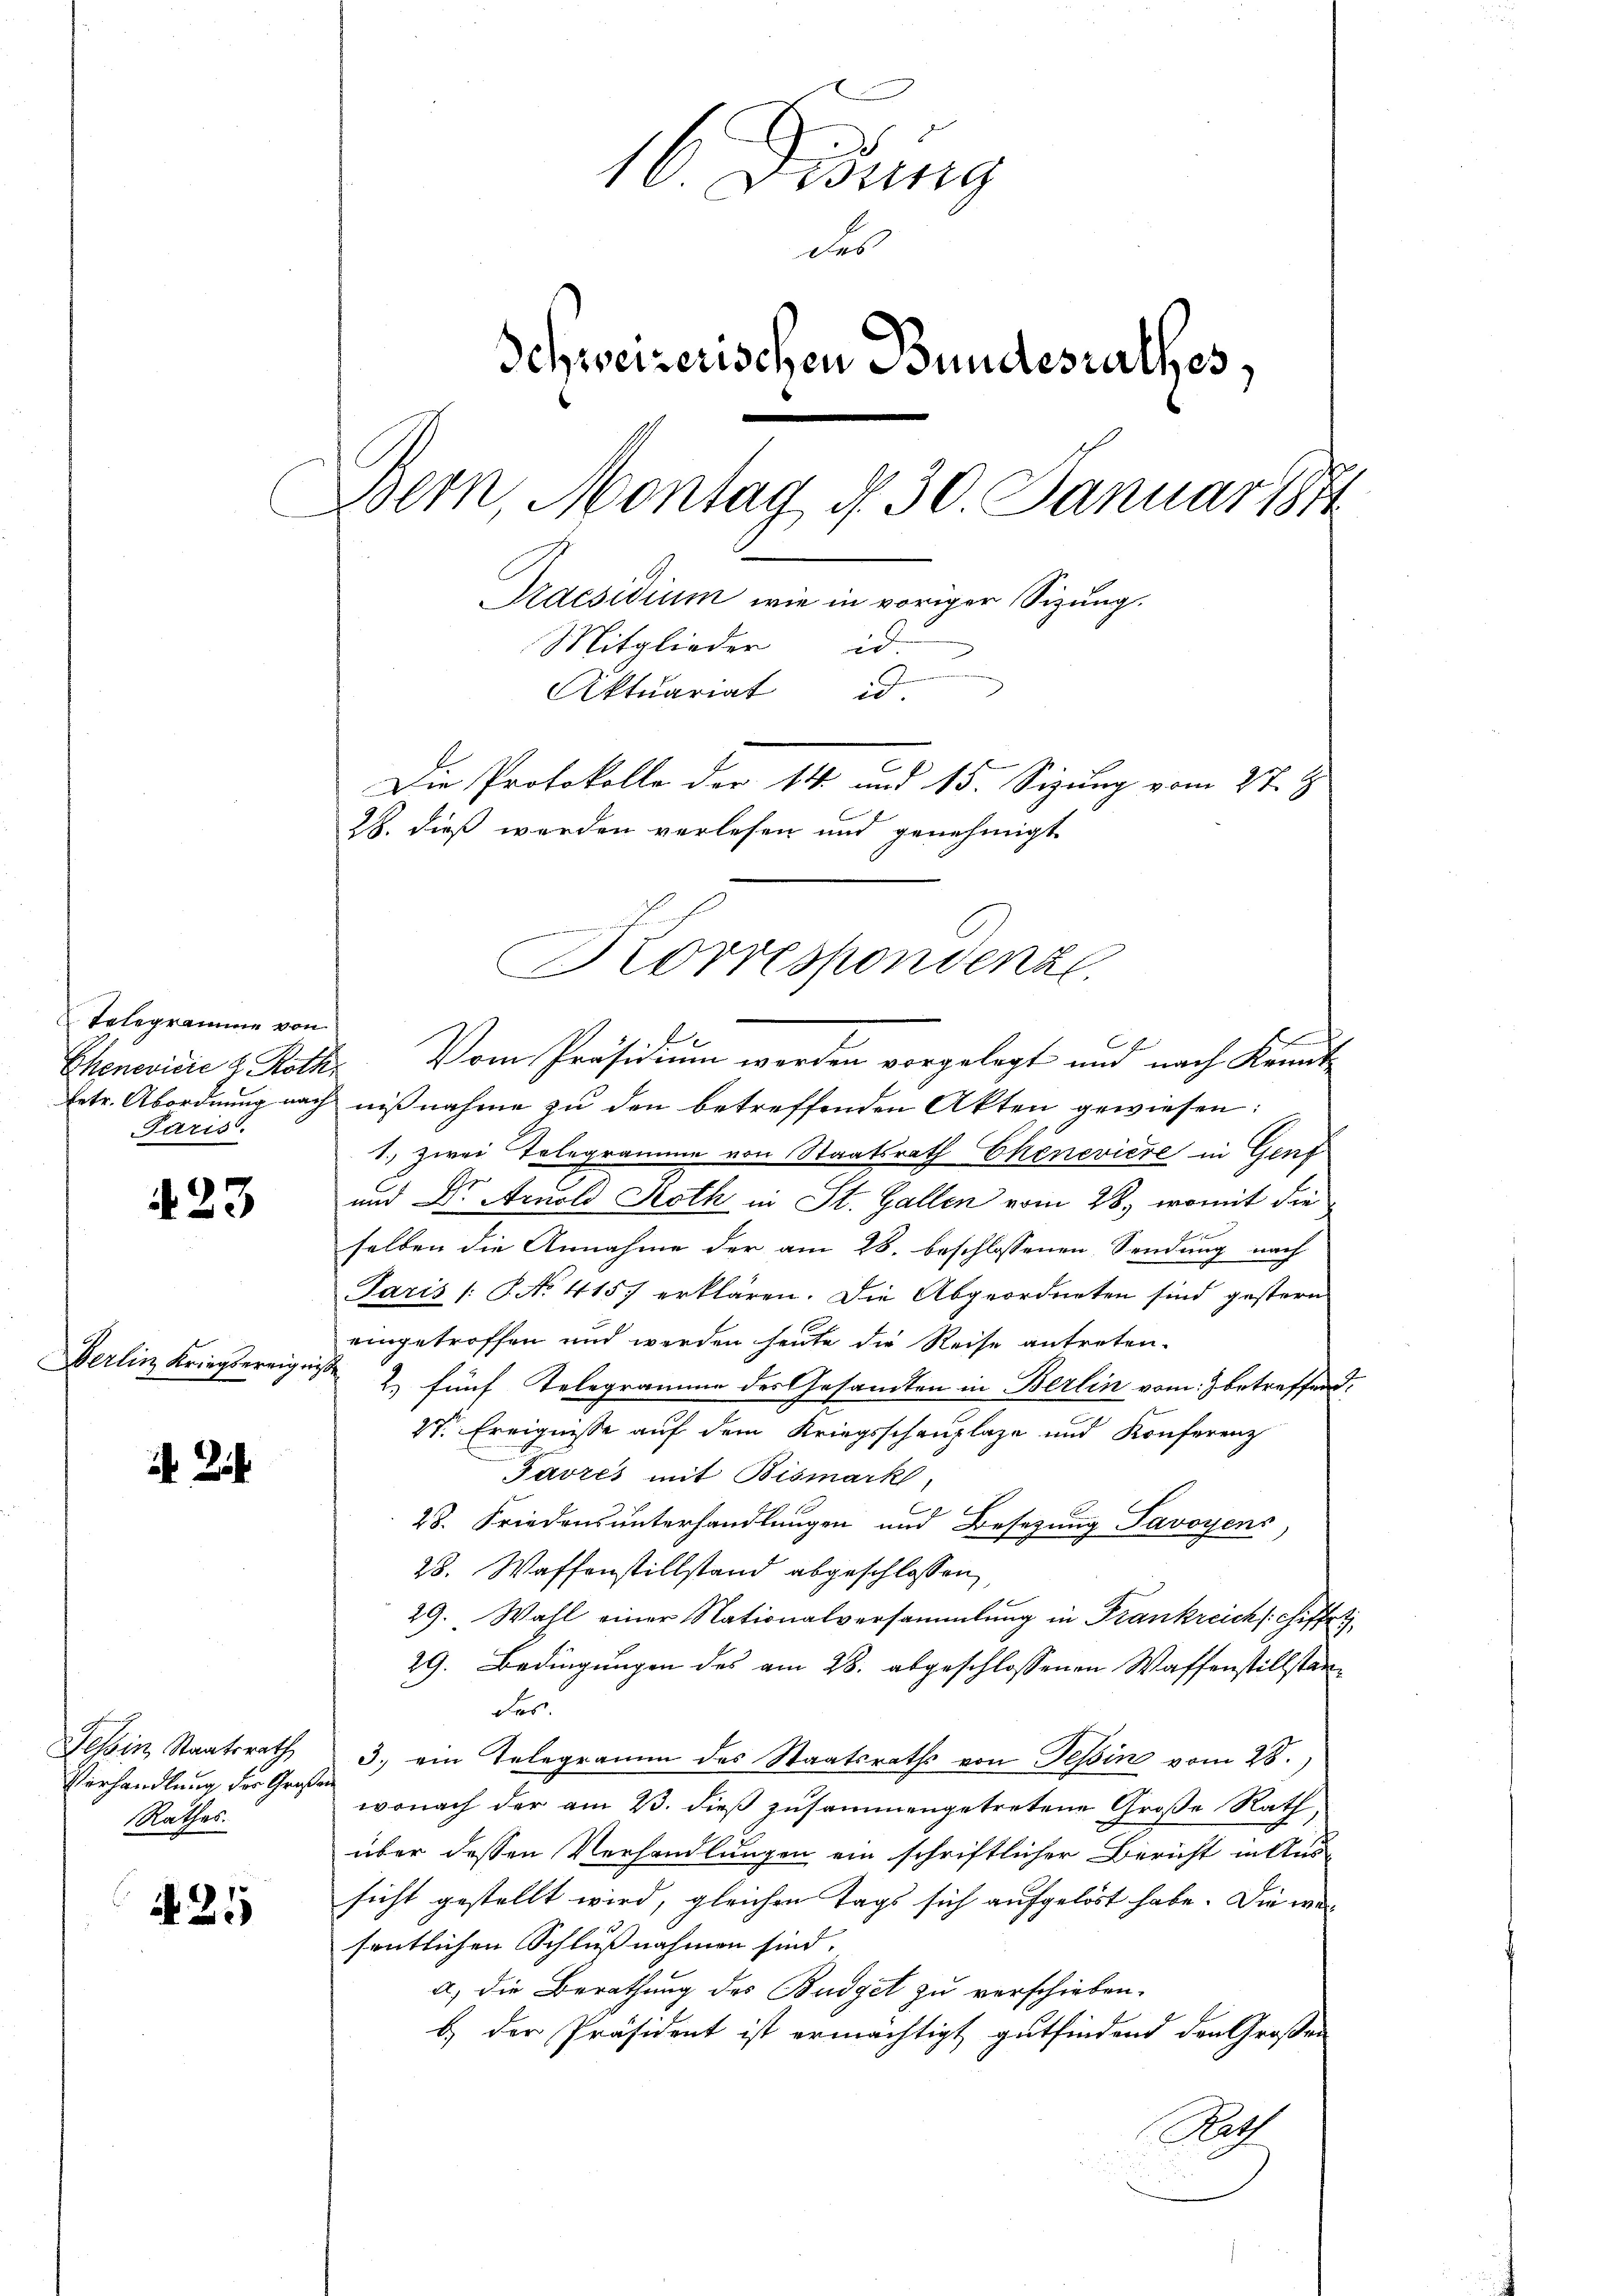
Telegramme von
Chenevidie z. Roth
Ertr. Abordnung nach
Paris.

423

Derlin Kriegsereigniß.

Tessin Staatsrath
Verhandlung der Großen
Rathes.

A 21

10. Dessing
des
Schweizerischen Bundesrathes,
Bern, Montag §. 30. Januar 1874
Praesidium wie in voriger Sizung.
Mitglieder id.
Aktuariat d
Die Protokolle der 14 und 15. Sitzung vom 27. J
28. dieß werden verlesen und genehmigt

.
l
Vom Präsidium werden vorgelegt und nach Kennt-
nißnahme zu den betreffenden Akten gewiesen:
1. zwei Telegramme von Staatsrath Chenevière in Genf
und Dr. Arnold Roth in St. Gallen vom 28. womit die
selben die Annahme der am 28. beschlossenen Sendung nach
Paris /: 8. No. 4157 erklären. Die Abgeordneten sind gestern
eingetroffen und werden heute die Reise antreten.
2) fünf Telegramme des Gesandten in Berlin vom 3 betreffend.
2t. Ereignisse auf dem Kriegsschauplaze und Konferenz
Favres mit Bismark
28. Friedensunterhandlungen und Besetzung Savoyens
28. Waffenstillstand abgeschlossen,
29. Wahl einer Nationalversammlung in Frankreich schiffet
29. Bedingungen des am 28. abgeschlossenen Waffenstillständes
3.) ein Telegramm des Staatsraths von Tessin vom 28.)
wonach der am 23. dieß zusammengetretene Große Rath,
über dessen Verhandlungen ein schriftlicher Bericht in Aussicht gestellt wird, gleichen Tags sich aufgelöst habe. Die werfentlichen Schlußnahmen sind. |
a) die Berathung des Budget zu verschieben.
b.) der Präsident ist ermächtigt gutfindend den Großen
Rath

Korrespondenz.